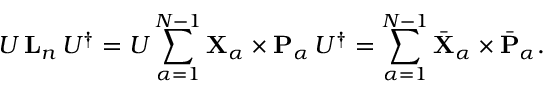
U \, { \mathbf { L } } _ { n } \, U ^ { \dagger } = U \sum _ { \alpha = 1 } ^ { N - 1 } { \mathbf { X } } _ { \alpha } \times { \mathbf { P } } _ { \alpha } \, U ^ { \dagger } = \sum _ { \alpha = 1 } ^ { N - 1 } \bar { \mathbf { X } } _ { \alpha } \times \bar { \mathbf { P } } _ { \alpha } .